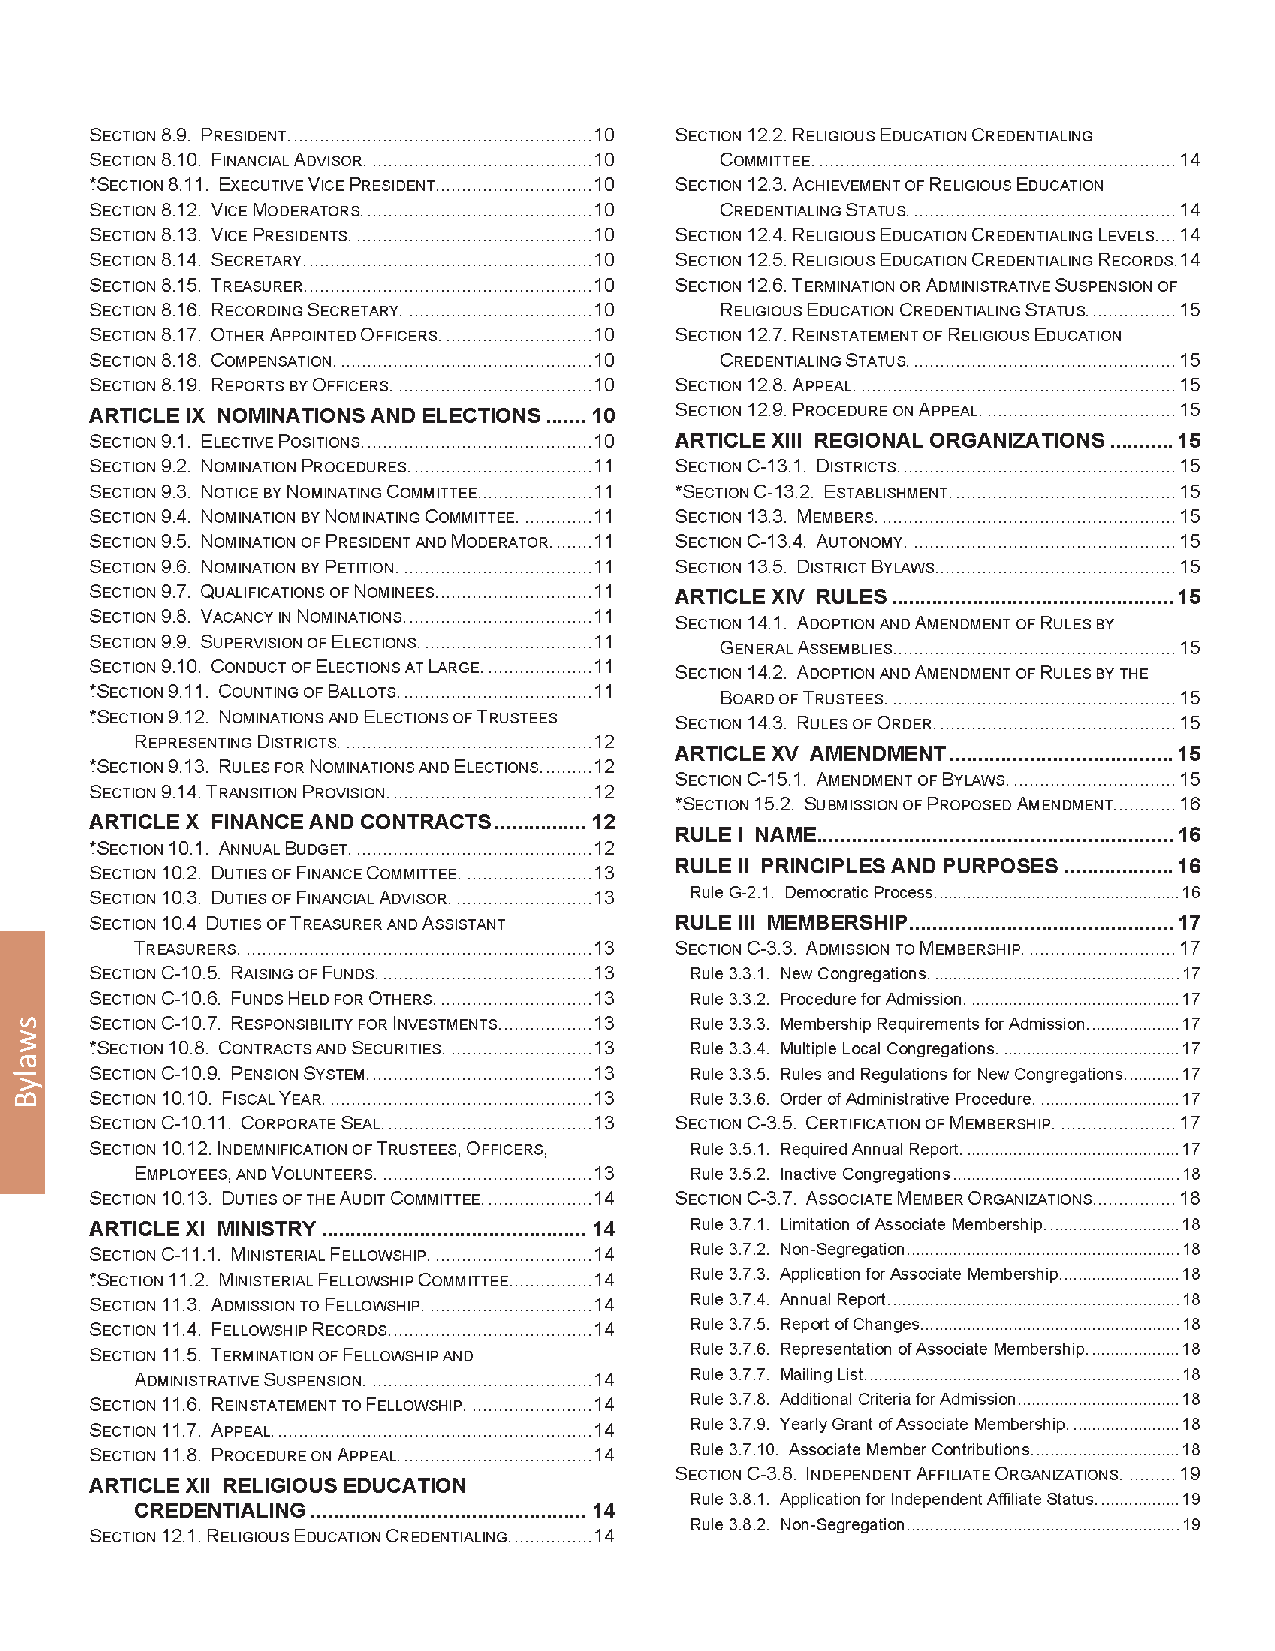
112                                                        2012 General Assembly
 swalyB